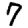
Digit: 7